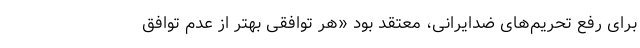
برای رفع تحریم‌های ضدایرانی، معتقد بود «هر توافقی بهتر از عدم توافق